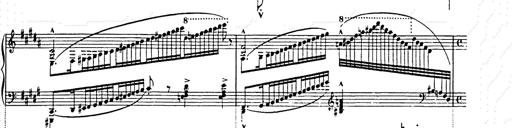
Title: Ballade No.2
Composer: Jan Skrzydlewski
Key: B minor